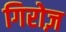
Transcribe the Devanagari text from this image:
गिरोज़